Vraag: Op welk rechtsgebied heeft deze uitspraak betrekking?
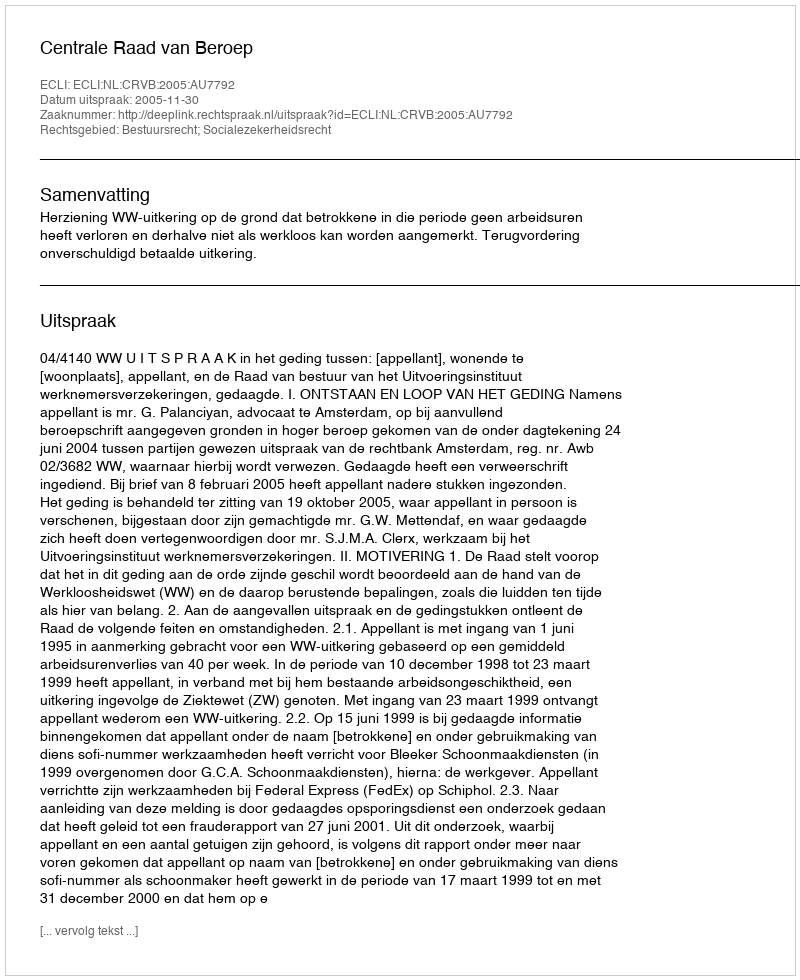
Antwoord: Bestuursrecht; Socialezekerheidsrecht